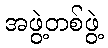
အဖွဲ့တစ်ဖွဲ့